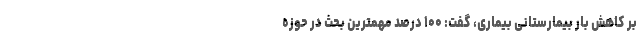
بر کاهش بار بیمارستانی بیماری، گفت: ۱۰۰ درصد مهمترین بحث در حوزه